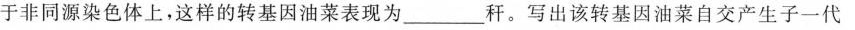
于非同源染色体上，这样的转基因油菜表现为___秆。写出该转基因油菜自交产生子一代